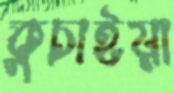
কুচাইয়া